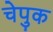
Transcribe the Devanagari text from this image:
चेपुक